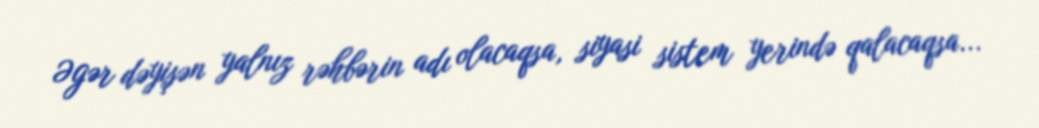
Əgər dəyişən yalnız rəhbərin adı olacaqsa, siyasi sistem yerində qalacaqsa...